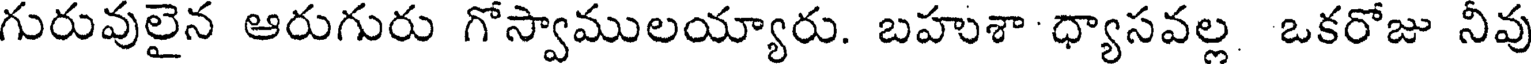
గురువులైన ఆరుగురు గోస్వాములయ్యారు. బహుశా ధ్యాసవల్ల ఒకరోజు నీవు